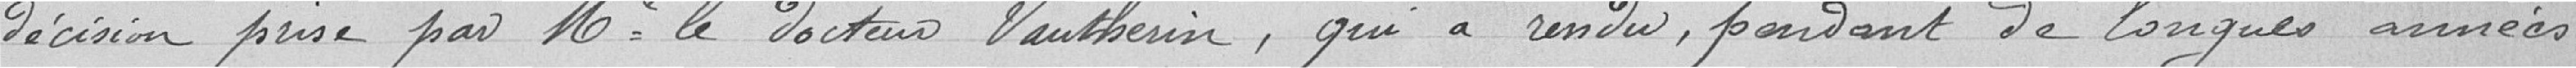
décision prise par monsieur le docteur Vautherin, qui a rendu, pendant de longues années,